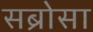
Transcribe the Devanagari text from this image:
सब्रोसा